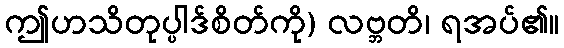
ဤဟသိတုပ္ပါဒ်စိတ်ကို) လဗ္ဘတိ၊ ရအပ်၏။